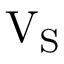
{ \mathrm { V _ { S } } }